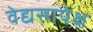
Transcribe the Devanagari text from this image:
वेद्यसापेक्ष